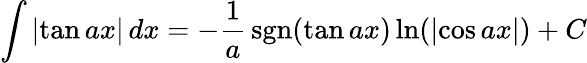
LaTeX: \int\left|\tan{ax}\right|\, dx=-{\frac{1}{a}}\operatorname{sgn}(\tan{ax})\ln(\left|\cos{ax}\right|)+C